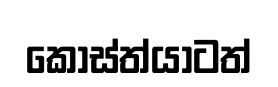
කෝස්ත්යාටත්